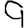
Digit: 9